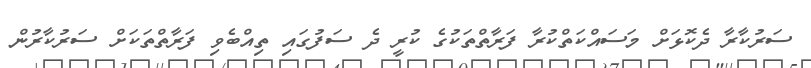
ސަރުކާރާ ދެކޮޅަށް މަސައްކަތްކުރާ ފަރާތްތަކުގެ ކުރީ ދެ ސަފުގައި ތިއްބެވި ފަރާތްތަކަށް ސަރުކާރުން